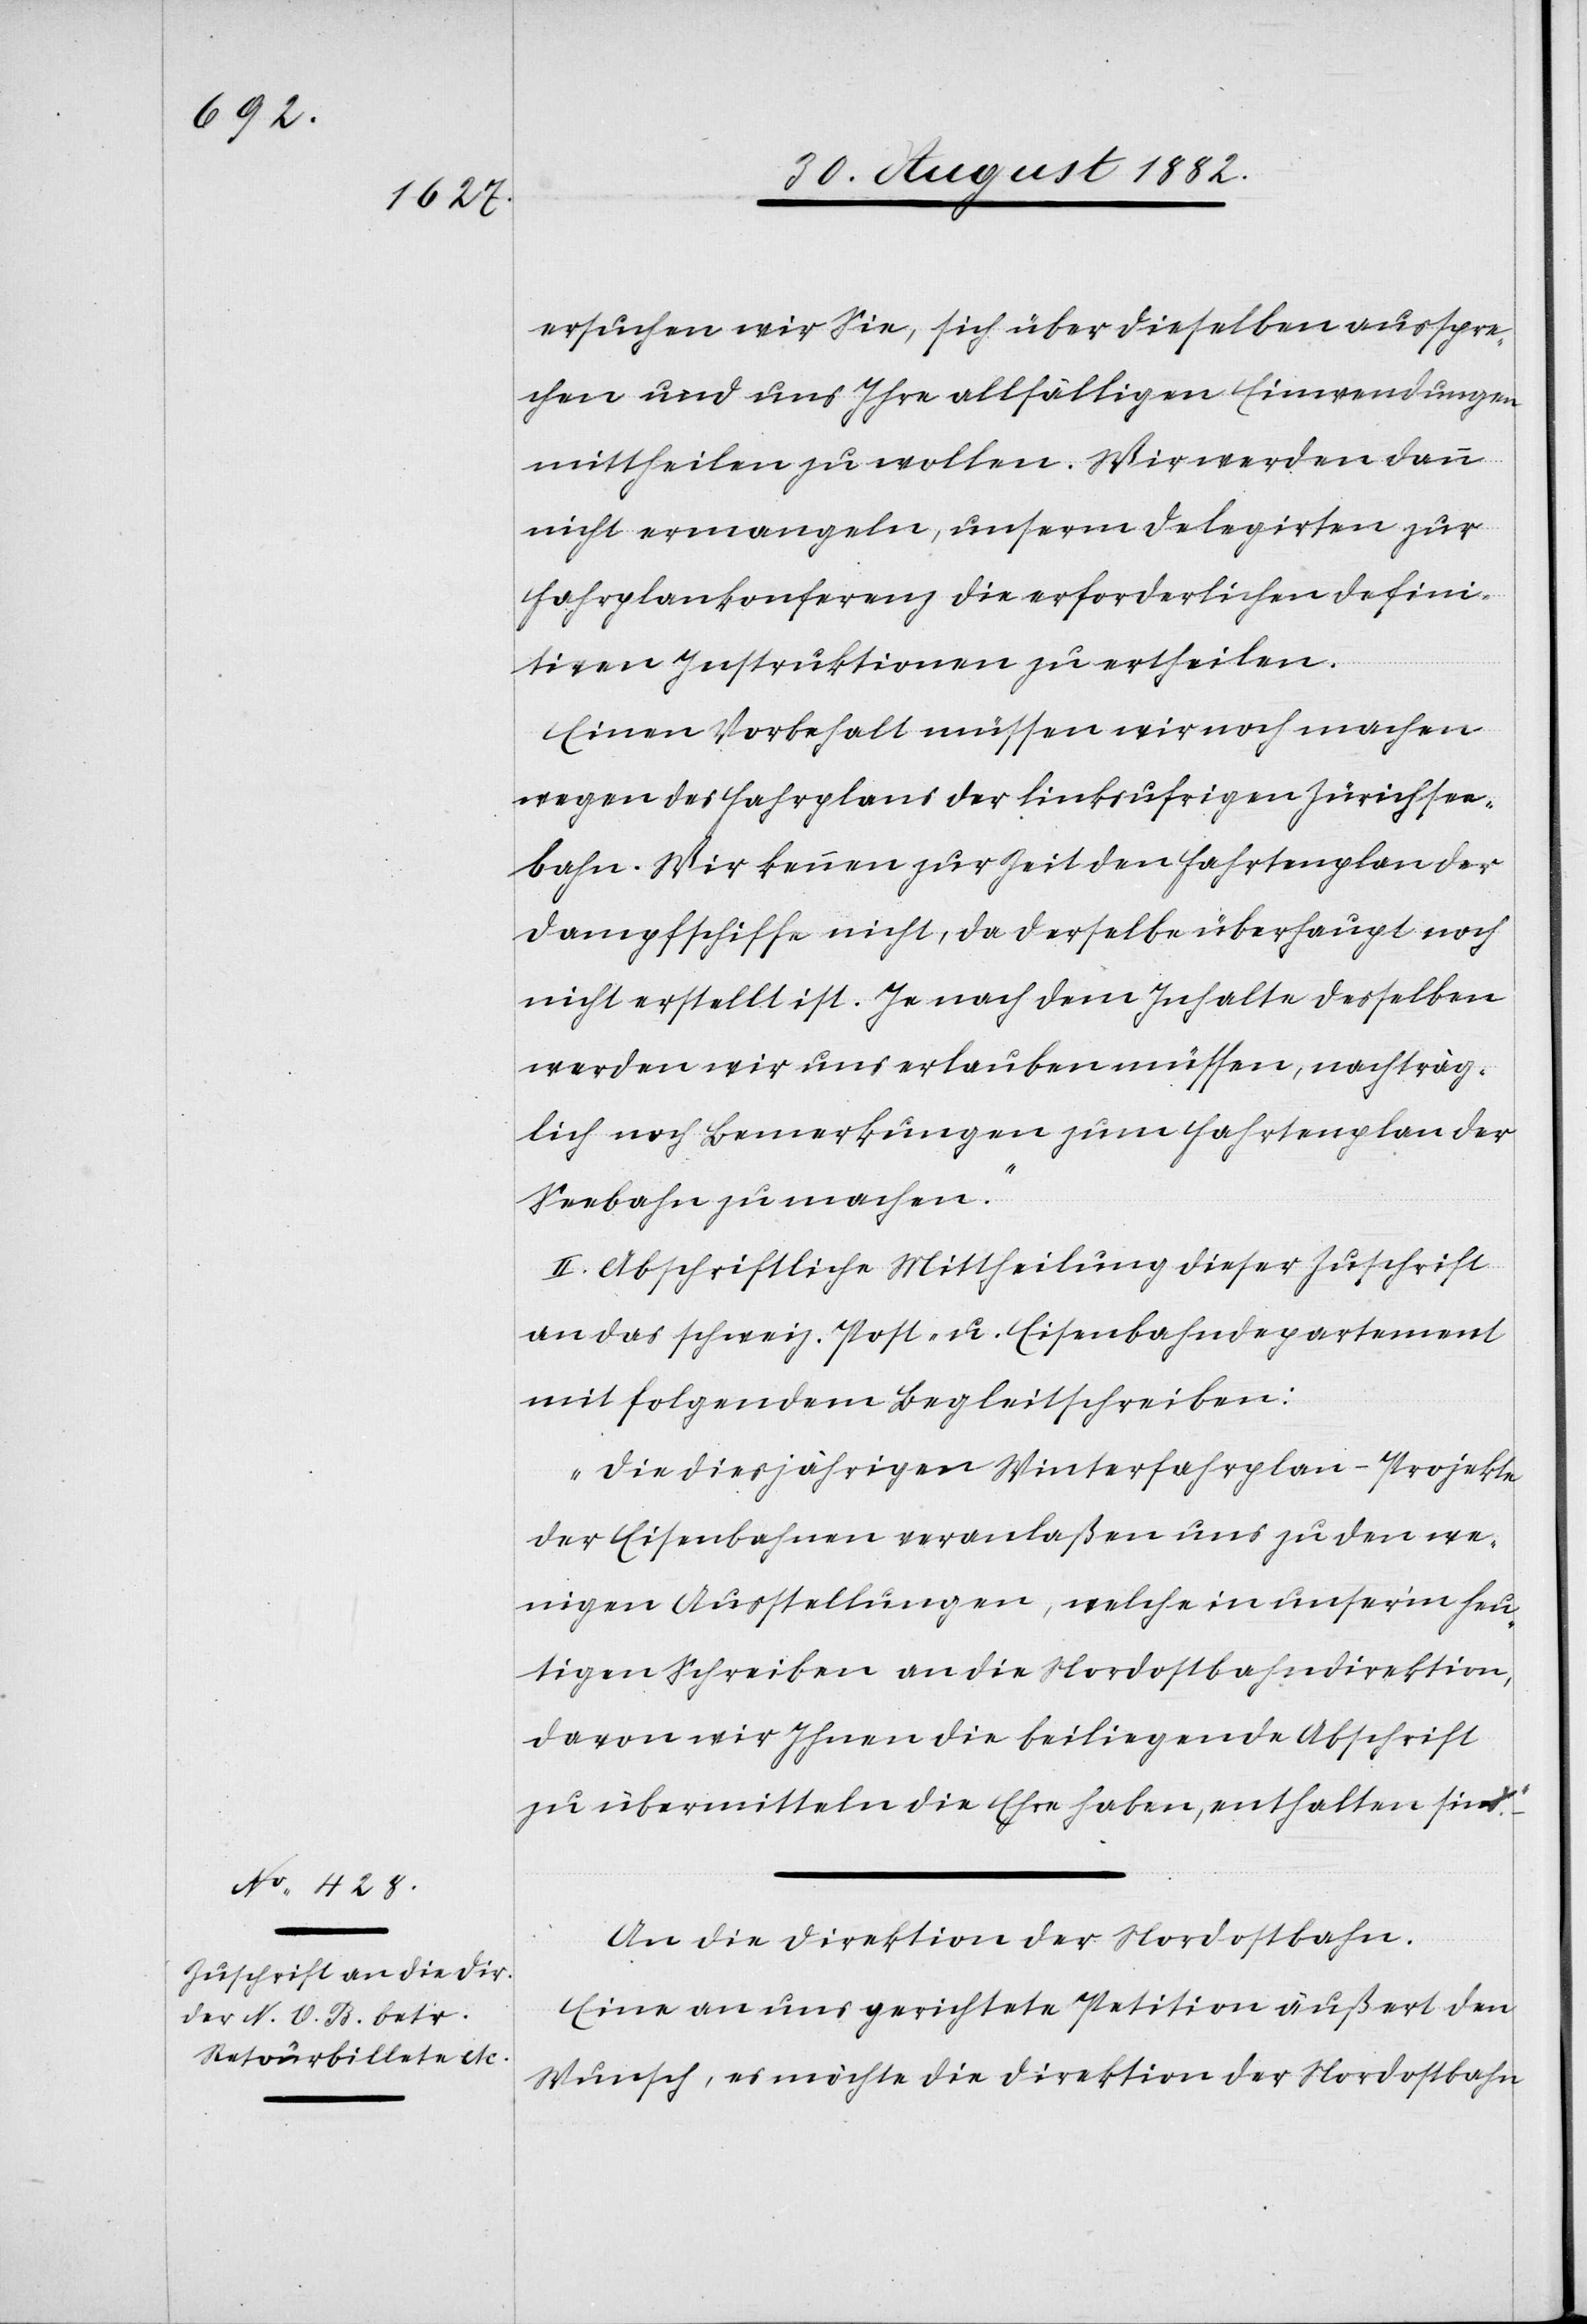
ersuchen wir Sie, sich über dieselben ausspre¬
chen und uns Ihre allfälligen Einwendungen
mittheilen zu wollen. Wir werden dann
nicht ermangeln, unserm Delegirten zur
Fahrplankonferenz die erforderlichen defini¬
tiven Instruktionen zu ertheilen.
Einen Vorbehalt müssen wir noch machen
wegen des Fahrplans der linksufrigen Zürichsee¬
bahn. Wir kennen zur Zeit den Fahrtenplan der
Dampfschiffe nicht, da derselbe überhaupt noch
nicht erstellt ist. Je nach dem Inhalte desselben
werden wir uns erlauben müssen, nachträg¬
lich noch Bemerkungen zum Fahrtenplan der
Seebahn zu machen.“
II. Abschriftliche Mittheilung dieser Zuschrift
an das schweiz. Post- u. Eisenbahndepartement
mit folgendem Begleitschreiben:
„Die diesjährigen Winterfahrplan-Projekte
der Eisenbahnen veranlaßen uns zu den we¬
nigen Ausstellungen, welche in unser’m heu¬
tigen Schreiben an die Nordostbahndirektion,
davon wir Ihnen die beiliegende Abschrift
zu übermitteln die Ehre haben, enthalten sind.“
An die Direktion der Nordostbahn.
„Eine an uns gerichtete Petition äußert den
Wunsch, es möchte die Direktion der Nordostbahn